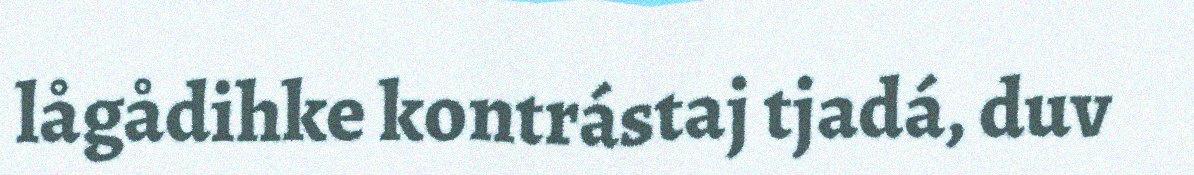
lågådihke kontrástaj tjadá, duv